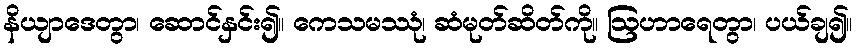
နိယျာဒေတွာ၊ ဆောင်နှင်း၍။ ကေသမဿုံ၊ ဆံမုတ်ဆိတ်ကို။ ဩဟာရေတွာ၊ ပယ်ချ၍။